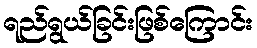
ရည်ရွယ်ခြင်းဖြစ်ကြောင်း